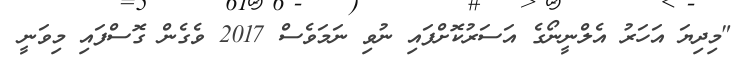
"މިދިޔަ އަހަރު އެލްނީނޯގެ އަސަރުކޮށްފައި ނުވި ނަމަވެސް 2017 ވެގެން ގޮސްފައި މިވަނީ